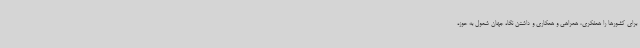
برای کشورها را همفکری، همراهی و همکاری و داشتن نگاه جهان شمول به حوزه